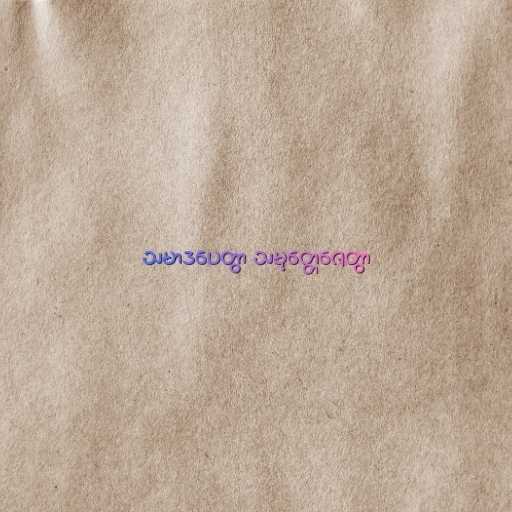
သမာဒပေတွာ သမုတ္တေဇေတွာ